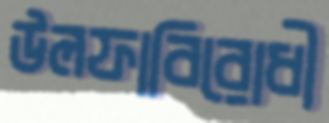
উলফাবিরোধী